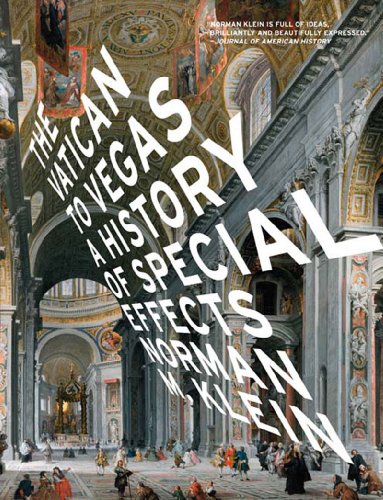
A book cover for The Vatican to Vegas: A History of Special Effects; Norman M. Klein; Humor & Entertainment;